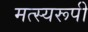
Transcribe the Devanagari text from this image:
मत्स्यरूपी